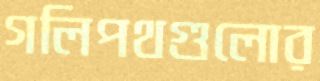
গলিপথগুলোর